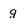
Character: g